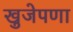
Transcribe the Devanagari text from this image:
खुजेपणा